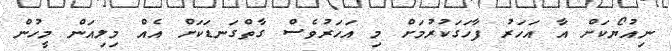
ނިއުޔޯކަށް އާ އަހަރު ފާހަގަކުރުމަށް މި އަހަރުވެސް ގާތްގަނޑަކަށް އެއް މިލިއަން މީހުން